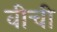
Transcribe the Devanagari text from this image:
वीची